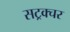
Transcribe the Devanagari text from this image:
सट्रक्चर